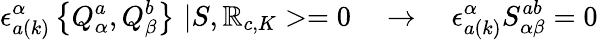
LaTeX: \epsilon_{a(k)}^{\alpha}\left\{ Q_{\alpha}^{a},Q_{\beta}^{b}\right\} \, \, |S,\mathbb{R}_{c,K}>=0\quad\rightarrow\quad\epsilon_{a(k)}^{\alpha}S_{\alpha\beta}^{ab}=0